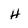
Character: H